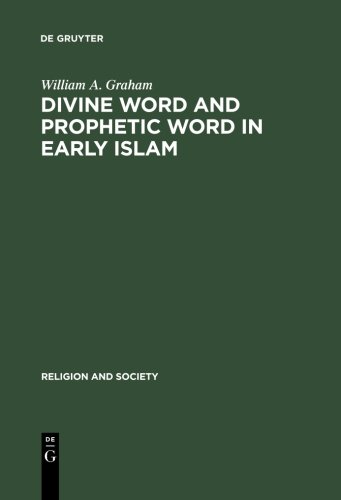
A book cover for Divine Word and Prophetic Word in Early Islam: A Reconsideration of the Sources, with Special Reference to the Divine Saying or Hadith Qudsi (Religion and Reason; 15); William A. Graham; Religion & Spirituality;